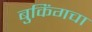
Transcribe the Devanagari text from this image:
बुकिंगचा